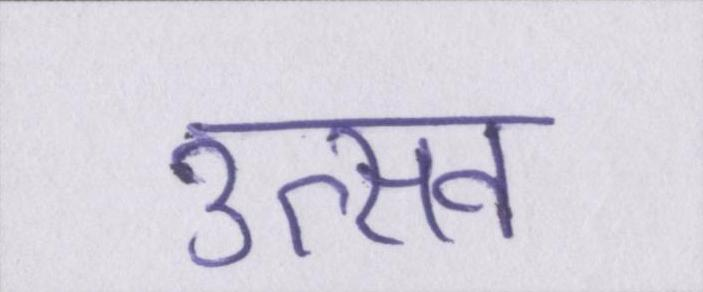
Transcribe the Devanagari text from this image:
उत्सव